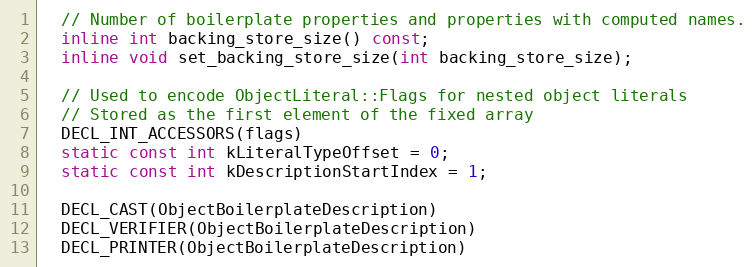
Language: C
  // Number of boilerplate properties and properties with computed names.
  inline int backing_store_size() const;
  inline void set_backing_store_size(int backing_store_size);

  // Used to encode ObjectLiteral::Flags for nested object literals
  // Stored as the first element of the fixed array
  DECL_INT_ACCESSORS(flags)
  static const int kLiteralTypeOffset = 0;
  static const int kDescriptionStartIndex = 1;

  DECL_CAST(ObjectBoilerplateDescription)
  DECL_VERIFIER(ObjectBoilerplateDescription)
  DECL_PRINTER(ObjectBoilerplateDescription)